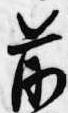
前